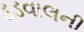
ડડવાલની